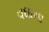
વઘાના